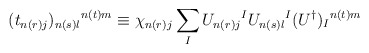
\begin{align*}(t_{n(r) j})_{n(s)l}{}^{n(t) m} \equiv \chi_{n(r) j} \sum_IU_{n(r)j}{}^I U_{n(s)l}{}^I (U^\dagger)_I{}^{n(t) m}\end{align*}